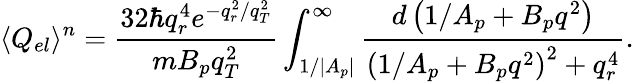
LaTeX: \langle Q_{el}\rangle^{n}=\frac{32\hbar q_{r}^{4}e^{-q_{r}^{2}/q_{T}^{2}}}{mB_{p}q_{T}^{2}}\int_{1/{|A_{p}|}}^{\infty}{\frac{d\left(1/A_{p}+B_{p}q^{2}\right)}{{\left(1/A_{p}+B_{p}q^{2}\right)}^{2}+q_{r}^{4}}}.